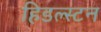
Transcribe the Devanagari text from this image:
हिडल्स्टन